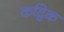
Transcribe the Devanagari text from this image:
कद्विक